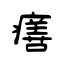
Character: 𤺪